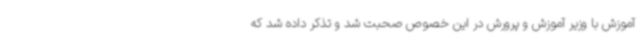
آموزش با وزیر آموزش و پرورش در این خصوص صحبت شد و تذکر داده شد که